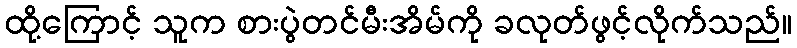
ထို့ကြောင့် သူက စားပွဲတင်မီးအိမ်ကို ခလုတ်ဖွင့်လိုက်သည်။